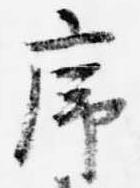
序